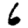
Digit: 6